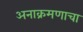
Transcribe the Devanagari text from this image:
अनाक्रमणाचा